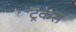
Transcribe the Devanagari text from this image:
ट्रकर्स